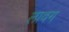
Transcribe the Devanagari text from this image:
लावग